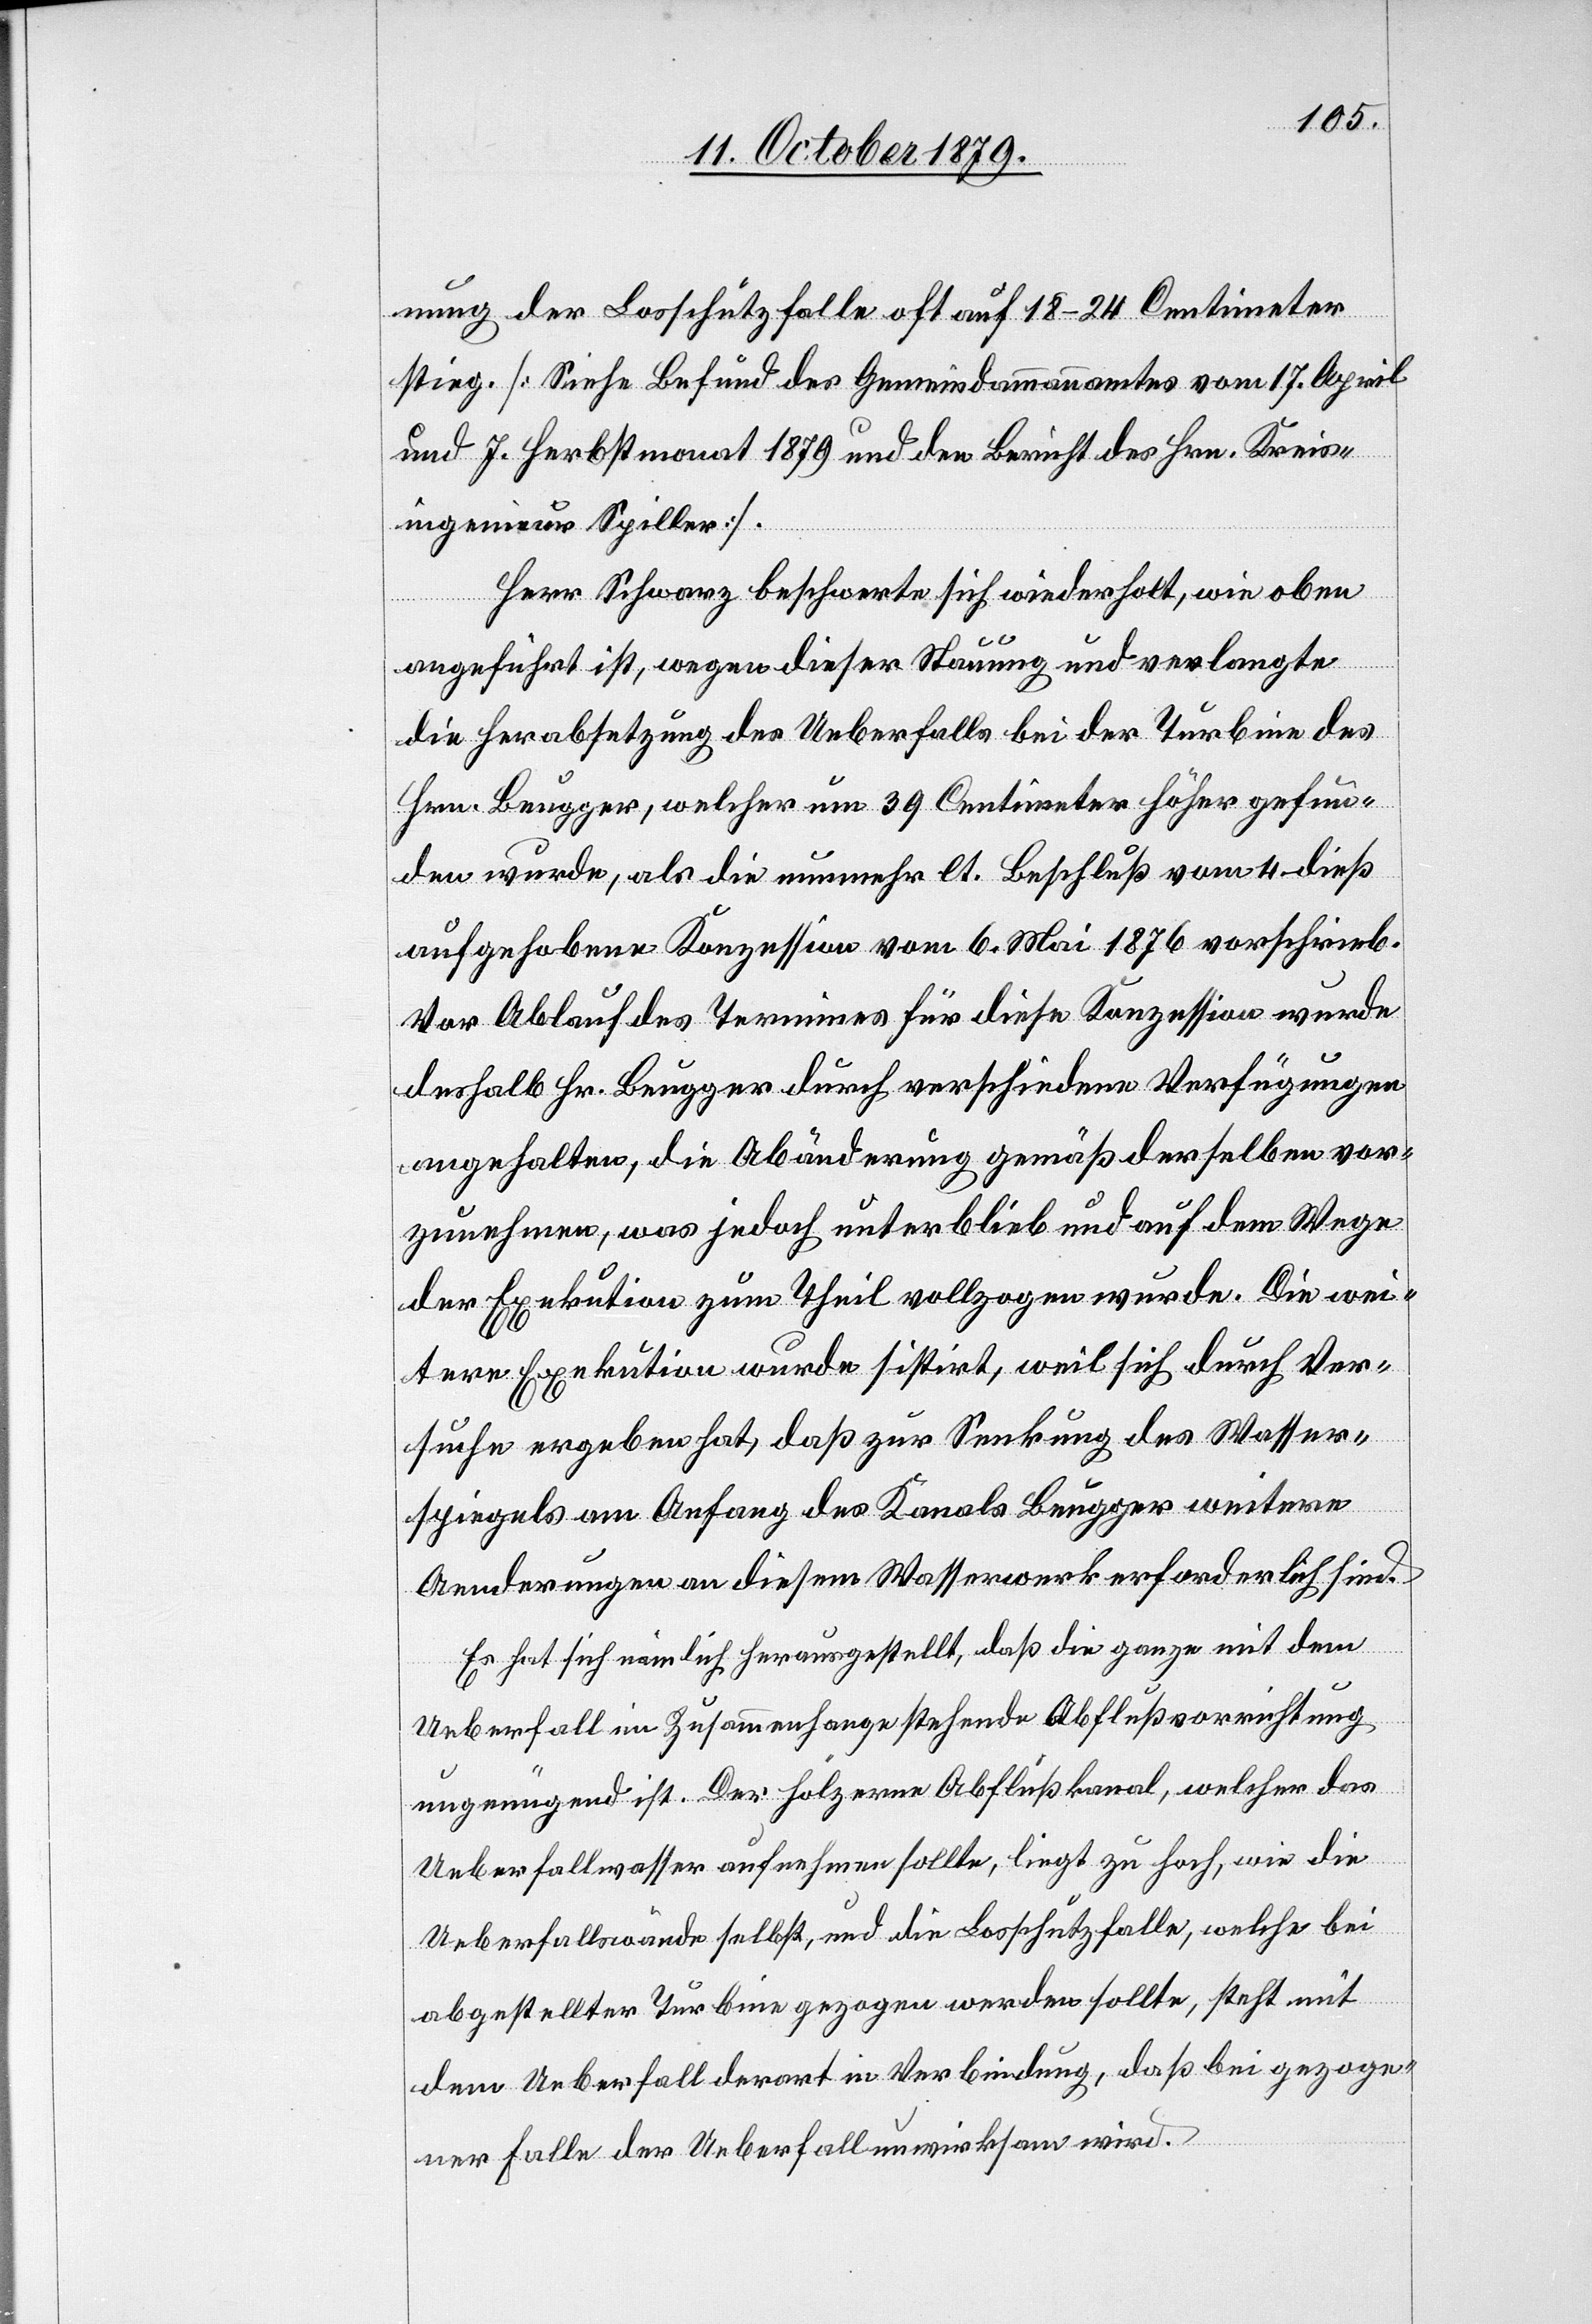
nung der Losschutzfalle oft auf 18–24 Centimeter
stieg. [Siehe Befund des Gemeindammannamtes vom 17. April
und 7 Herbstmonat 1879 und den Bericht des Hrn. Kreis¬
ingenieur Spiller].
Herr Schwarz beschwerte sich wiederholt, wie oben
angeführt ist, wegen dieser Stauung und verlangte
die Herabsetzung des Ueberfalls bei der Turbine des
Hrn. Beugger, welcher um 39 Centimeter höher gefun¬
den wurde, als die nunmehr lt. Beschluß vom 4. dieß
aufgehobene Konzession vom 6. Mai 1876 vorschrieb.
Vor Ablauf des Termines für diese Konzession wurde
deshalb Hr. Beugger durch verschiedene Verfügungen
angehalten, die Abänderung gemäß derselben vor¬
zunehmen, was jedoch unterblieb und auf dem Wege
der Exekution zum Theil vollzogen wurde. Die wei¬
tere Exekution wurde sistirt, weil sich durch Ver¬
suche ergeben hat, daß zur Senkung des Wasser¬
spiegels am Anfang des Kanals Beugger weitere
Aenderungen an diesem Wasserwerk erforderlich sind.
Es hat sich nämlich herausgestellt, daß die ganze mit dem
Ueberfall im Zusammenhange stehende Abflußvorrichtung
ungenügend ist. Der hölzerne Abflußkanal, welcher das
Ueberfallwasser aufnehmen sollte, liegt zu hoch, wie die
Ueberfallwände selbst, und die Losschutzfalle, welche bei
abgestellter Turbine gezogen werden sollte, steht mit
dem Ueberfall derart in Verbindung, daß bei gezoge¬
ner Falle der Ueberfall unwirksam wird.